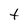
Character: t